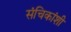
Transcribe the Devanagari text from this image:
संचिकांशी